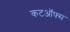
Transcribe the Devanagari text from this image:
कटऑफ्स